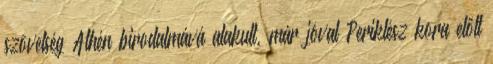
szövetség Athén birodalmává alakult, már jóval Periklész kora előtt